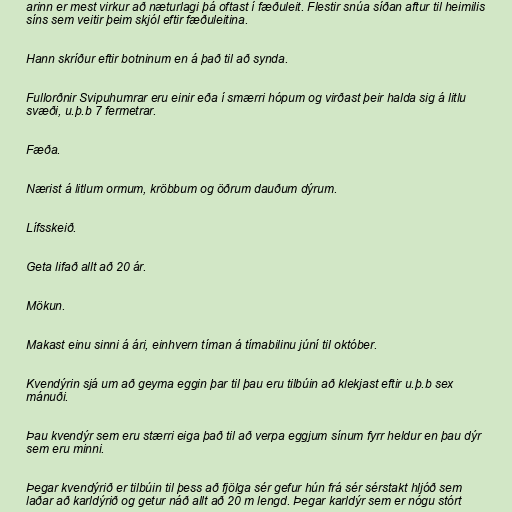
arinn er mest virkur að næturlagi þá oftast í fæðuleit. Flestir snúa síðan aftur til heimilis
síns sem veitir þeim skjól eftir fæðuleitina.

Hann skríður eftir botninum en á það til að synda.

Fullorðnir Svipuhumrar eru einir eða í smærri hópum og virðast þeir halda sig á litlu
svæði, u.þ.b 7 fermetrar.

Fæða.

Nærist á litlum ormum, kröbbum og öðrum dauðum dýrum.

Lífsskeið.

Geta lifað allt að 20 ár.

Mökun.

Makast einu sinni á ári, einhvern tíman á tímabilinu júní til október.

Kvendýrin sjá um að geyma eggin þar til þau eru tilbúin að klekjast eftir u.þ.b sex
mánuði.

Þau kvendýr sem eru stærri eiga það til að verpa eggjum sínum fyrr heldur en þau dýr
sem eru minni.

Þegar kvendýrið er tilbúin til þess að fjölga sér gefur hún frá sér sérstakt hljóð sem
laðar að karldýrið og getur náð allt að 20 m lengd. Þegar karldýr sem er nógu stórt